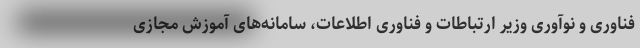
فناوری و نوآوری وزیر ارتباطات و فناوری اطلاعات، سامانه‌های آموزش مجازی